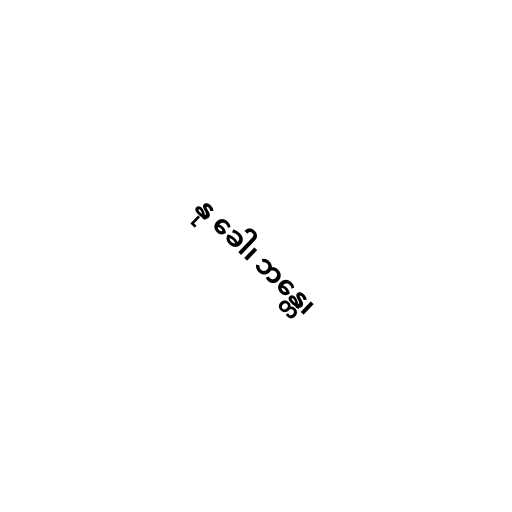
နု ခေါ၊ ဘန္တေ၊